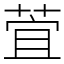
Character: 萓